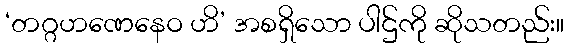
‘တဂ္ဂဟဏေနေဝ ဟိ’ အစရှိသော ပါဌ်ကို ဆိုသတည်း။